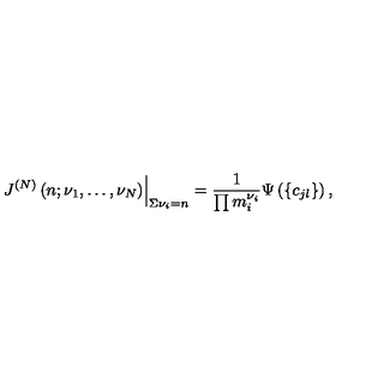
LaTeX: \left. J ^ { ( N ) } \left( n ; \nu _ { 1 } , \ldots , \nu _ { N } \right) \right| _ { \Sigma \nu _ { i } = n } = \frac { 1 } { \prod m _ { i } ^ { \nu _ { i } } } \Psi \left( \left\{ c _ { j l } \right\} \right) ,